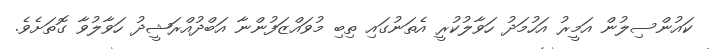
ކައުންސިލުން އަމީރު އަހުމަދު ހަވާލުކުރީ އެތަނުގައި ތިބި މުވައްޒަފުންނާ އަބްދުއްރަޝީދު ހަވާލުވާ ގޮތަށެވެ.